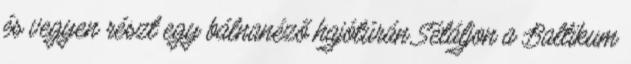
és vegyen részt egy bálnanéző hajótúrán Sétáljon a Baltikum